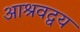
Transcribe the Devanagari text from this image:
आश्रवद्वय